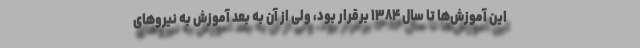
این آموزش‌ها تا سال ۱۳۸۴ برقرار بود، ولی از آن به بعد آموزش به نیروهای